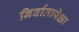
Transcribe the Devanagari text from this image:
निर्वातापेक्षा